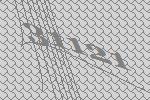
31121